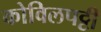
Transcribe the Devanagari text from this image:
कोविलपट्टी